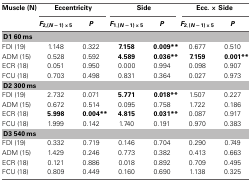
<table><thead><tr><td><b>Muscle (N)</b></td><td colspan="2"><b>Eccentricity</b></td><td colspan="2"><b>Side</b></td><td colspan="2"><b>Ecc. × Side</b></td></tr><tr><td></td><td><b><i>F</i><sub>2,</sub> (<i>N</i>− 1) × 5</b></td><td><b><i>P</i></b></td><td><b><i>F</i><sub>1</sub>, (<i>N</i>− 1) × 5</b></td><td><b><i>P</i></b></td><td><b><i>F</i><sub>2</sub>, (<i>N</i> − 1) × 5</b></td><td><b><i>P</i></b></td></tr></thead><tbody><tr><td colspan="7"><b>D1 60 ms</b></td></tr><tr><td>FDI (19)</td><td>1.148</td><td>0.322</td><td><b>7.158</b></td><td><b>0.009<sup>**</sup></b></td><td>0.677</td><td>0.510</td></tr><tr><td>ADM (15)</td><td>0.528</td><td>0.592</td><td><b>4.589</b></td><td><b>0.036<sup>**</sup></b></td><td><b>7.159</b></td><td><b>0.001<sup>**</sup></b></td></tr><tr><td>ECR (18)</td><td>0.051</td><td>0.950</td><td>0.000</td><td>0.994</td><td>0.098</td><td>0.907</td></tr><tr><td>FCU (18)</td><td>0.703</td><td>0.498</td><td>0.831</td><td>0.364</td><td>0.027</td><td>0.973</td></tr><tr><td colspan="7"><b>D2 300 ms</b></td></tr><tr><td>FDI (19)</td><td>2.732</td><td>0.071</td><td><b>5.771</b></td><td><b>0.018<sup>**</sup></b></td><td>1.507</td><td>0.227</td></tr><tr><td>ADM (15)</td><td>0.672</td><td>0.514</td><td>0.095</td><td>0.758</td><td>1.722</td><td>0.186</td></tr><tr><td>ECR (18)</td><td><b>5.998</b></td><td><b>0.004<sup>**</sup></b></td><td><b>4.815</b></td><td><b>0.031<sup>**</sup></b></td><td>0.087</td><td>0.917</td></tr><tr><td>FCU (18)</td><td>1.999</td><td>0.142</td><td>1.740</td><td>0.191</td><td>0.970</td><td>0.383</td></tr><tr><td colspan="7"><b>D3 540 ms</b></td></tr><tr><td>FDI (19)</td><td>0.332</td><td>0.719</td><td>0.146</td><td>0.704</td><td>0.290</td><td>0.749</td></tr><tr><td>ADM (15)</td><td>1.429</td><td>0.246</td><td>0.773</td><td>0.382</td><td>0.413</td><td>0.663</td></tr><tr><td>ECR (18)</td><td>0.121</td><td>0.886</td><td>0.018</td><td>0.892</td><td>0.709</td><td>0.495</td></tr><tr><td>FCU (18)</td><td>0.809</td><td>0.449</td><td>0.160</td><td>0.690</td><td>1.138</td><td>0.325</td></tr></tbody></table>